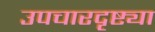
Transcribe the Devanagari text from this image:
उपचारदृष्ट्या